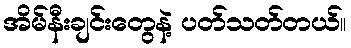
အိမ်နီးချင်းတွေနဲ့ ပတ်သတ်တယ်။